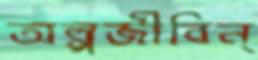
অল্পজীবিন্